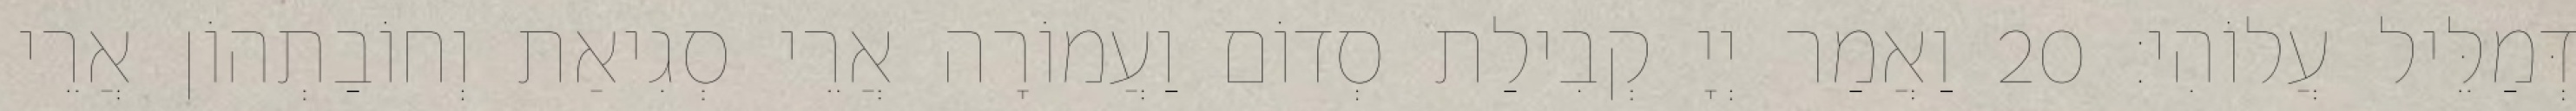
דְּמַלֵּיל עֲלוֹהִי׃ 20 וַאֲמַר יְיָ קְבִילַת סְדוֹם וַעֲמוֹרָה אֲרֵי סְגִיאַת וְחוֹבַתְהוֹן אֲרֵי